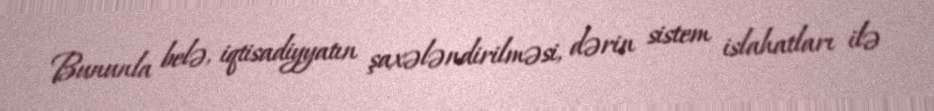
Bununla belə, iqtisadiyyatın şaxələndirilməsi, dərin sistem islahatları ilə